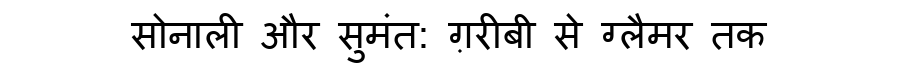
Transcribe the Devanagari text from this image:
सोनाली और सुमंत: ग़रीबी से ग्लैमर तक